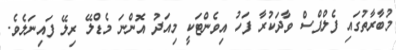
މުބާރާތުގައި ފެލްޕްސް ވާދަކުރާ ފަހު އިވެންޓަކީ މިއަދު އޮންނަ މެޑްލޭ ރިލޭ ފައިނަލެވެ.